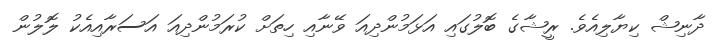
ދާނިޝް ކިޔާލިއެވެ. ރީޝާގެ ބޮލުގައި އަޅަމުންދިއަ ވޭނާއި ހިތަށް ކުރަމުންދިއަ އަސަރާއިއެކު ލޮލުން